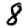
Digit: 8